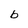
Character: b